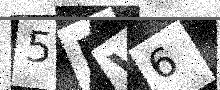
Text: 5EV6